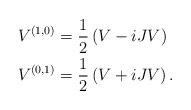
LaTeX: \begin{align*}V^{(1,0)}&=\frac12\left( V-iJV \right) \\V^{(0,1)}&= \frac12\left( V+iJV \right). \end{align*}